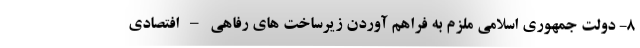
۸- دولت جمهوری اسلامی ملزم به فراهم آوردن زیرساخت های رفاهی – افتصادی